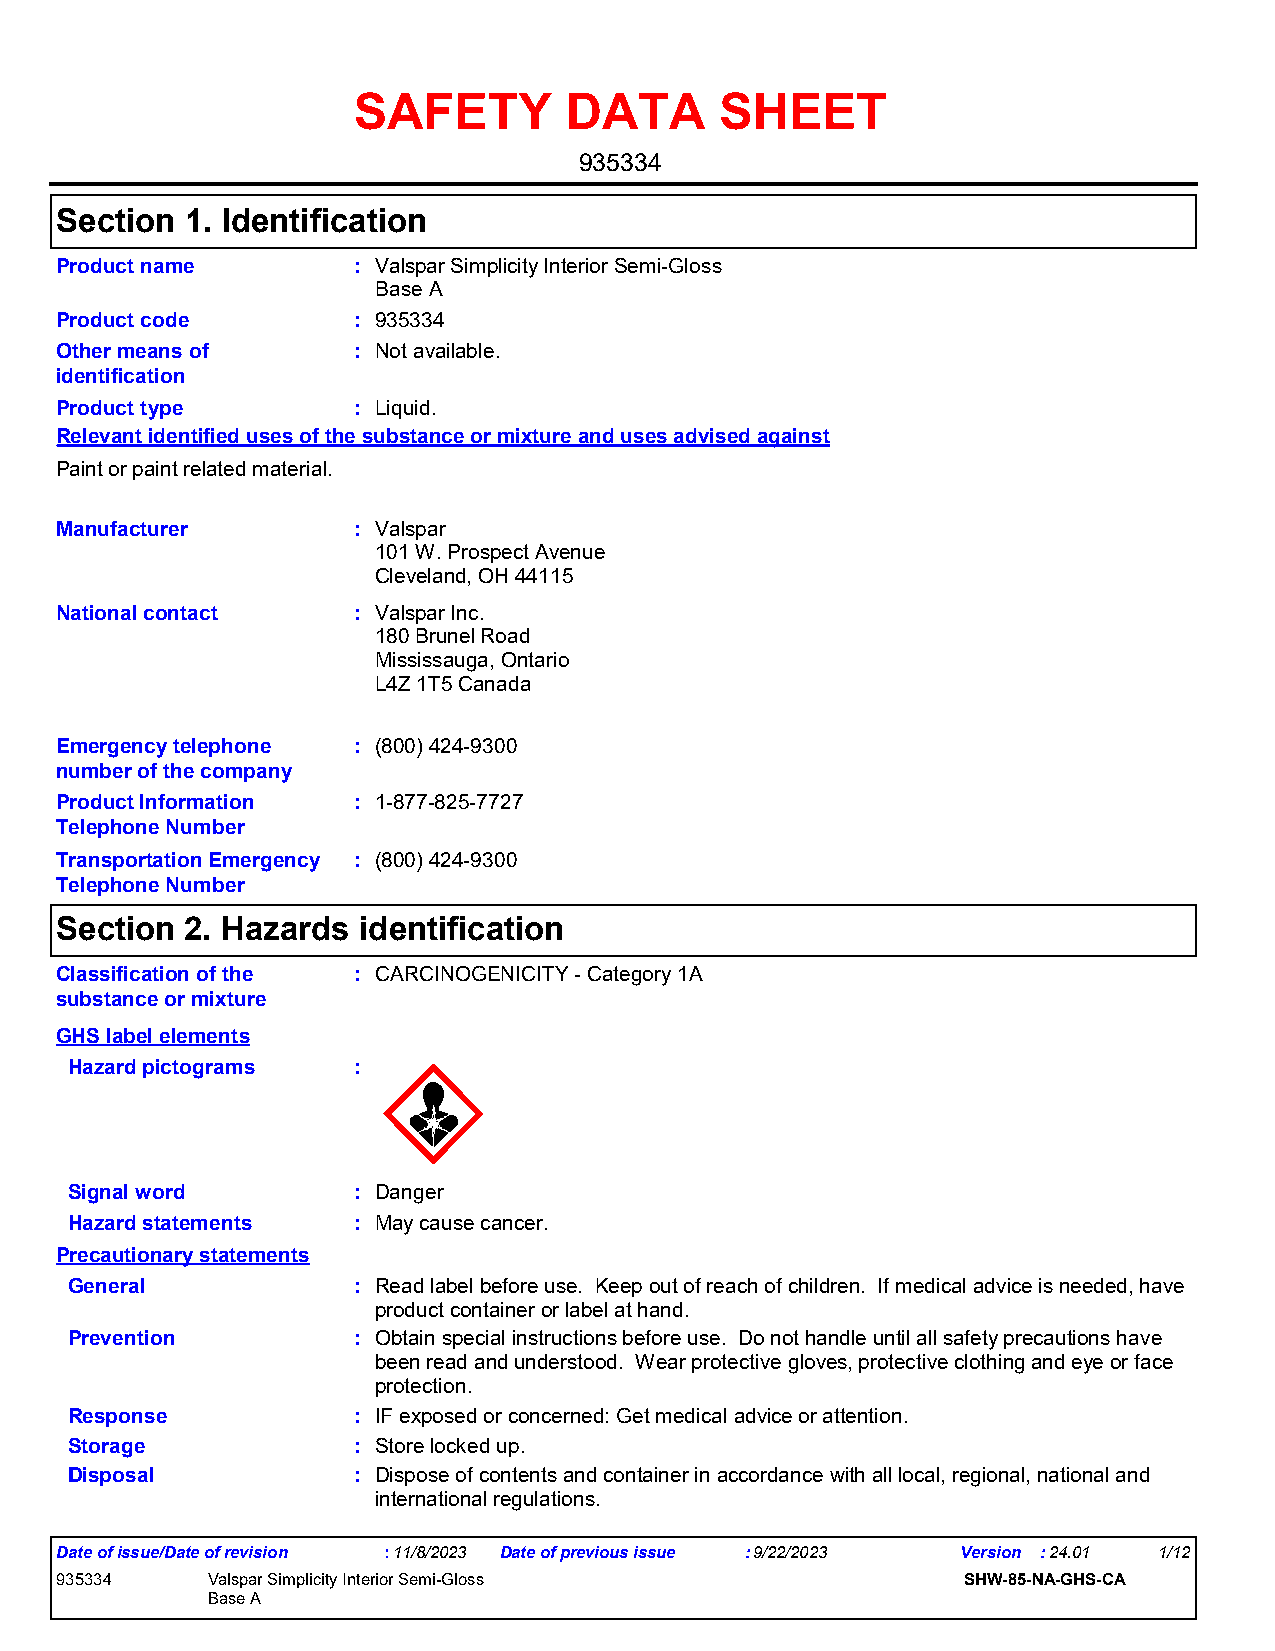
SAFETY        DATA       SHEET
 935334
 Section 1. Identification
 Product name       : Valspar Simplicity Interior Semi-Gloss
 Base A
 Product code       : 935334
 Other means of     : Not available.
 identification
 Product type       : Liquid.
 Relevant identified uses of the substance or mixture and uses advised against
 Paint or paint related material.
 Manufacturer       : Valspar
 101 W. Prospect Avenue
 Cleveland, OH 44115
 National contact   : Valspar Inc.
 180 Brunel Road
 Mississauga, Ontario
 L4Z 1T5 Canada
 Emergency telephone : (800) 424-9300
 number of the company
 Product Information : 1-877-825-7727
 Telephone Number
 Transportation Emergency : (800) 424-9300
 Telephone Number
 Section 2. Hazards  identification
 Classification of the : CARCINOGENICITY - Category 1A
 substance or mixture
 GHS label elements
 Hazard pictograms :
 Signal word       : Danger
 Hazard statements : May cause cancer.
 Precautionary statements
 General           : Read label before use. Keep out of reach of children. If medical advice is needed, have
 product container or label at hand.
 Prevention        : Obtain special instructions before use. Do not handle until all safety precautions have
 been read and understood. Wear protective gloves, protective clothing and eye or face
 protection.
 Response          : IF exposed or concerned: Get medical advice or attention.
 Storage           : Store locked up.
 Disposal          : Dispose of contents and container in accordance with all local, regional, national and
 international regulations.
 Date of issue/Date of revision :11/8/2023 Date of previous issue :9/22/2023 Version :24.01 1/12
 935334    Valspar Simplicity Interior Semi-Gloss            SHW-85-NA-GHS-CA
 Base A